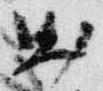
出